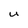
Character: u